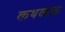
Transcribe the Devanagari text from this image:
कथकळ